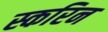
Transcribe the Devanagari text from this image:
स्करिन